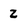
Character: 2